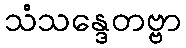
သံသန္ဒေတဗ္ဗာ